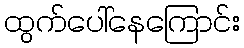
ထွက်ပေါ်နေကြောင်း